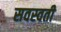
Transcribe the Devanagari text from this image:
सवस्वती